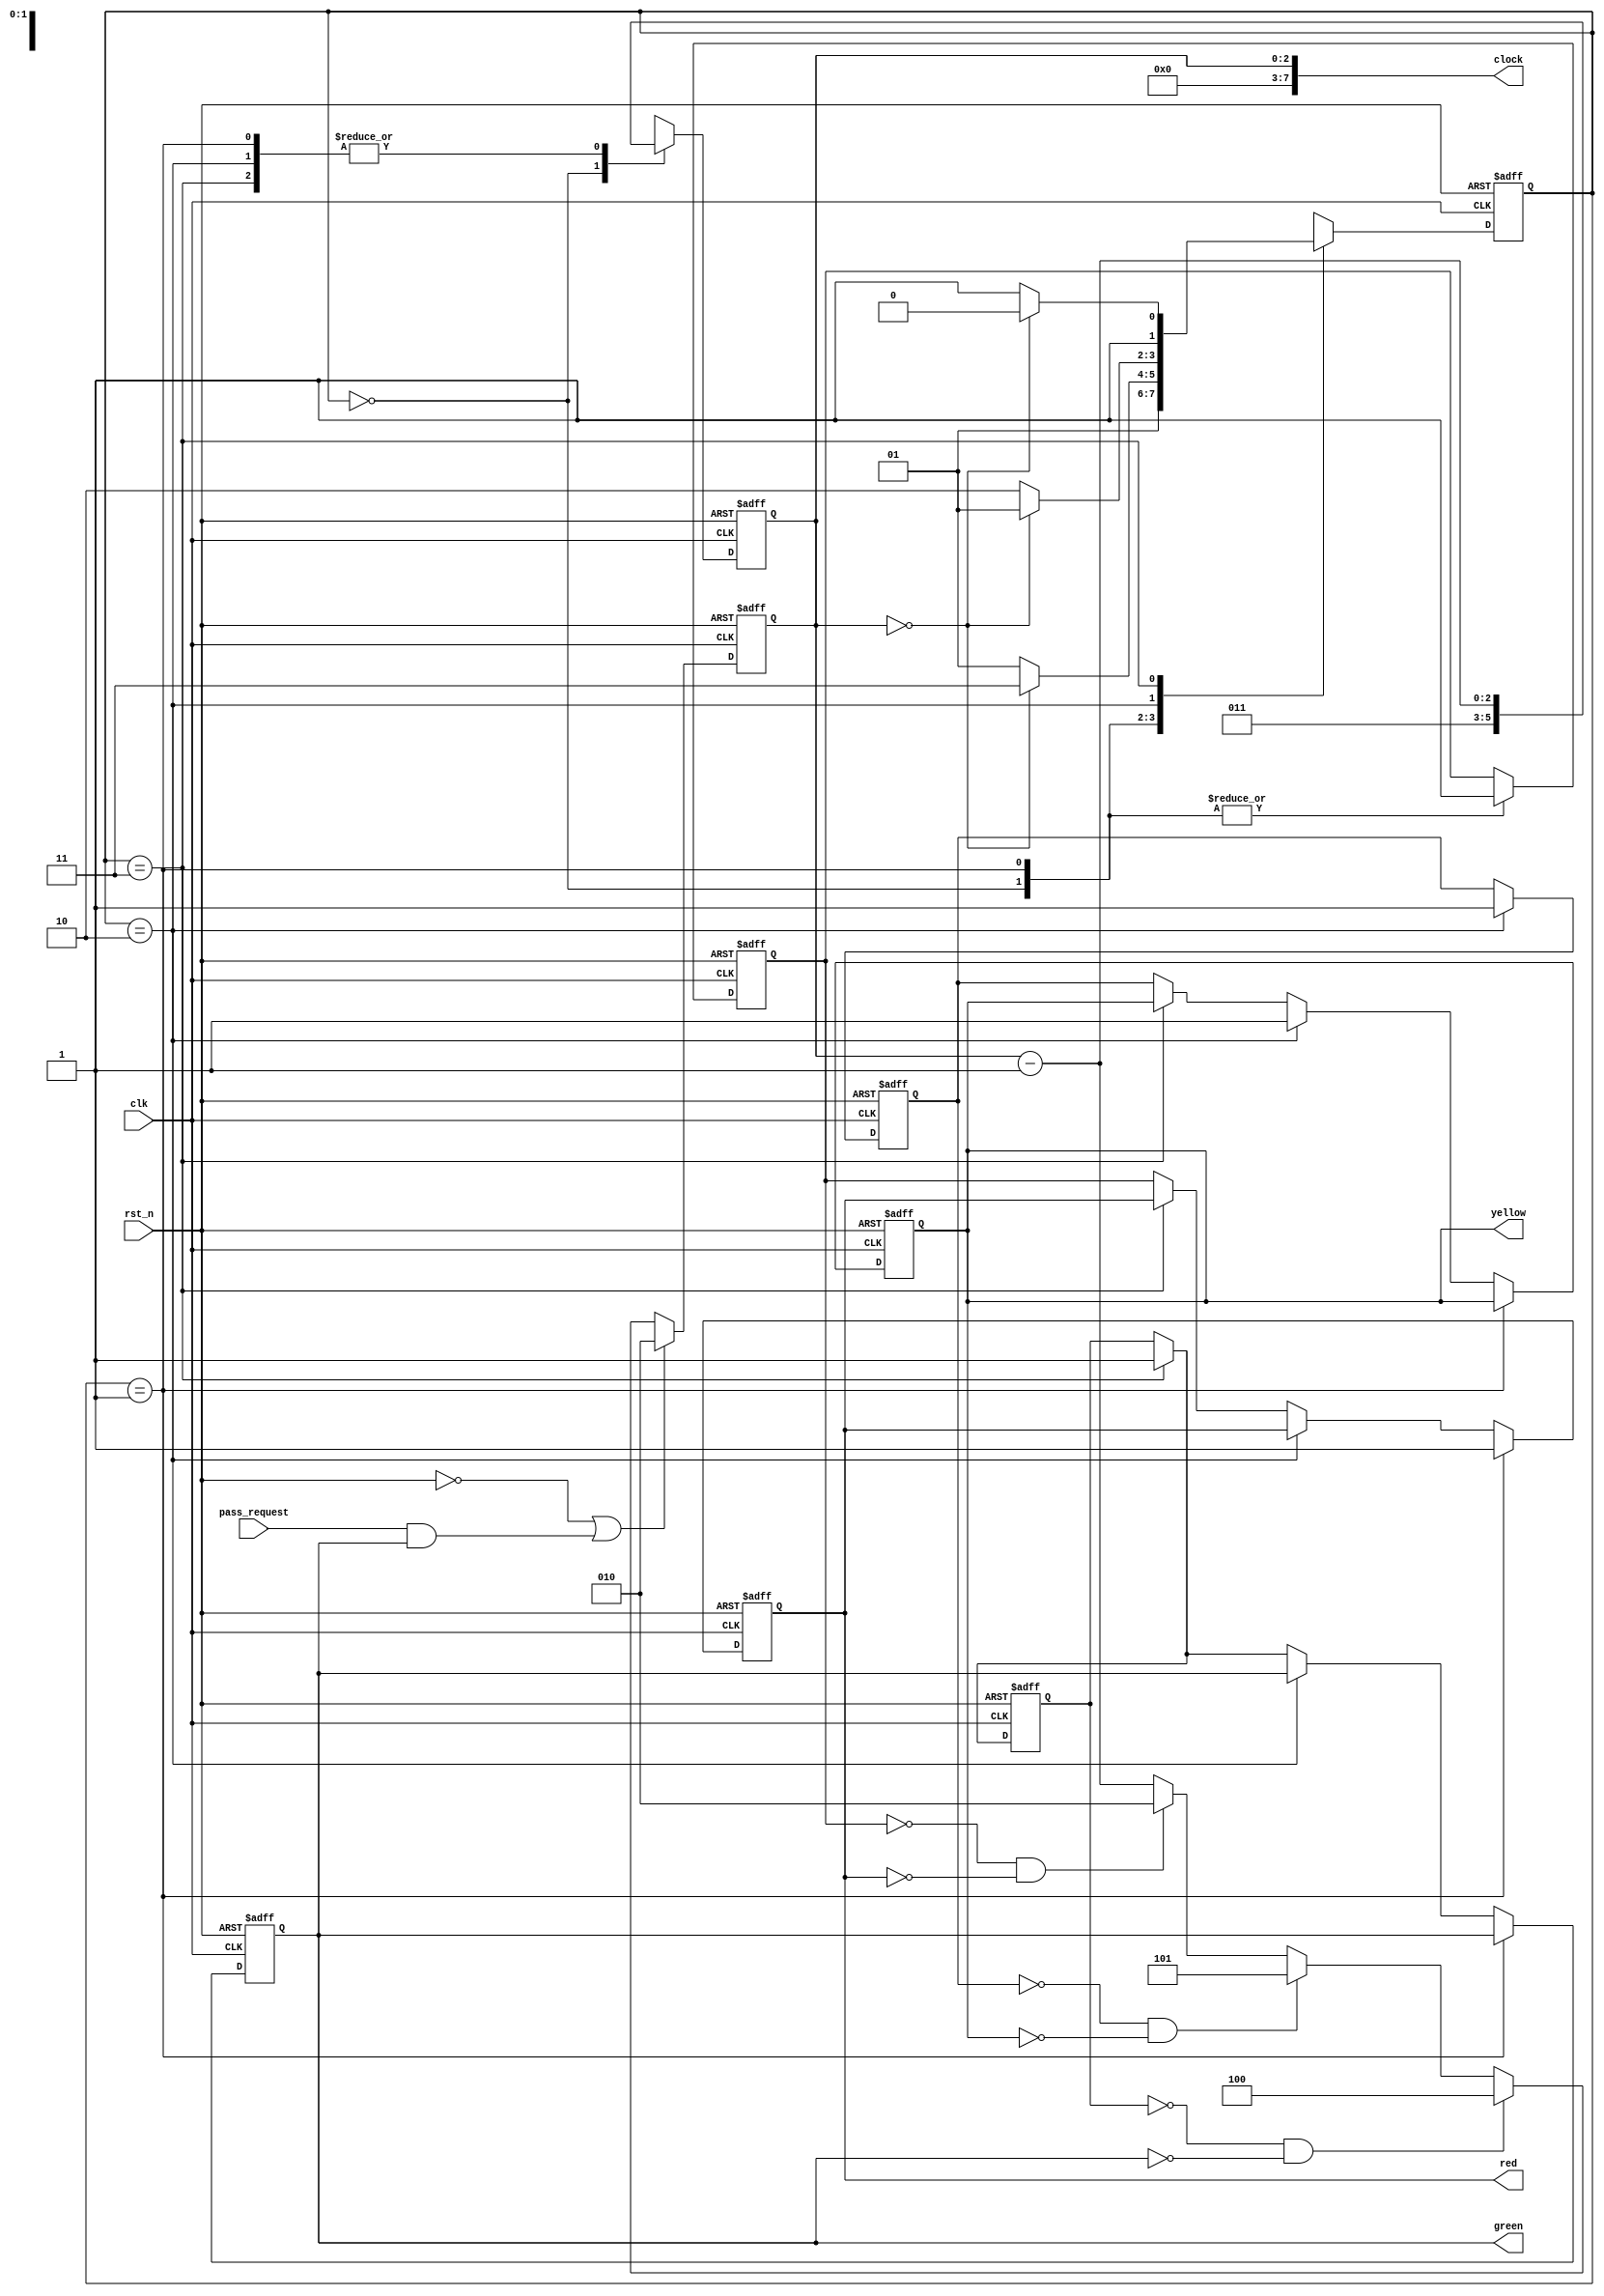
module traffic_light (
  input rst_n,
  input clk,
  input pass_request,
  output reg [7:0] clock,
  output reg red,
  output reg yellow,
  output reg green
);

  parameter idle = 2'b00;
  parameter s1_red = 2'b01;
  parameter s2_yellow = 2'b10;
  parameter s3_green = 2'b11;

  reg [2:0] cnt;
  reg [1:0] state;
  reg p_red, p_yellow, p_green;

  always @(posedge clk or negedge rst_n) begin
    if (~rst_n) begin
      cnt <= 8'b0000_1010;
      state <= idle;
      p_red <= 1'b0;
      p_yellow <= 1'b0;
      p_green <= 1'b0;
    end else begin
      case (state)
        idle: begin
          state <= s1_red;
          cnt <= 8'b0000_0011;
          p_red <= 1'b1;
        end
        s1_red: begin
          if (cnt == 8'b0000_0000)
            state <= s3_green;
          else
            state <= s1_red;
          cnt <= cnt - 1;
          p_red <= 1'b1;
        end
        s2_yellow: begin
          if (cnt == 8'b0000_0000)
            state <= s1_red;
          else
            state <= s2_yellow;
          cnt <= cnt - 1;
          p_yellow <= 1'b1;
        end
        s3_green: begin
          if (cnt == 8'b0000_0000)
            state <= s2_yellow;
          else
            state <= s3_green;
          cnt <= cnt - 1;
          p_green <= 1'b1;
        end
        default: state <= idle;
      endcase
    end
  end

  always @(posedge clk or negedge rst_n) begin
    if (~rst_n)
      cnt <= 8'b0000_1010;
    else begin
      if (!rst_n || (pass_request && green))
        cnt <= 8'b0000_1010;
      else if (!p_green && !green)
        cnt <= 8'b0011_1100;
      else if (!p_yellow && !yellow)
        cnt <= 8'b0000_0101;
      else if (!p_red && !red)
        cnt <= 8'b0000_1010;
      else
        cnt <= cnt - 1;
    end
  end

  assign clock = cnt;

  always @(posedge clk or negedge rst_n) begin
    if (~rst_n) begin
      red <= 1'b0;
      yellow <= 1'b0;
      green <= 1'b0;
    end else begin
      if (state == s1_red)
        red <= 1'b1;
      else if (state == s2_yellow)
        yellow <= 1'b1;
      else if (state == s3_green)
        green <= 1'b1;
      else begin
        red <= p_red;
        yellow <= p_yellow;
        green <= p_green;
      end
    end
  end

endmodule